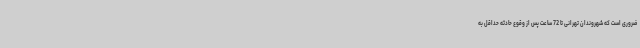
ضروری است که شهروندان تهرانی تا 72 ساعت پس از وقوع حادثه حداقل به